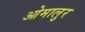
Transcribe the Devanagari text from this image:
ओमालुर